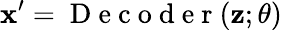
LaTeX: \mathbf{x}^{\prime}=\mathrm{~D~e~c~o~d~e~r~}(\mathbf{z};\mathbf{\theta})